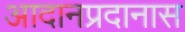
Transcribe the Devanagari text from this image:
आदानप्रदानास